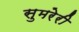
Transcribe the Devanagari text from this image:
सुमरेरी